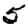
Digit: 5